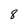
Character: 8